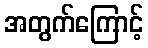
အတွက်ကြောင့်